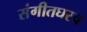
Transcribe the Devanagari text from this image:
संगीतघरच